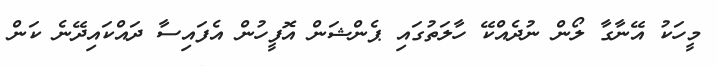
މީހަކު އޭނާގާ ލޯން ނުދެއްކޭ ހާލަތުގައި ޕެންޝަން އޮފީހުން އެފައިސާ ދައްކައިދޭނެ ކަން